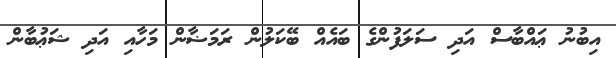
އިބުނު ޢައްބާސް އަދި ސަލަފުންގެ ބައެއް ބޭކަލުން ރަމަޟާން މަހާއި އަދި ޝަޢުބާން